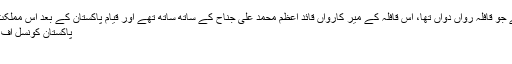
چودھری خلیق الزماں مرحوم تحریک پاکستان کیلئے جو قافلہ رواں دواں تھا، اس قافلہ کے میر کارواں قائد اعظم محمد علی جناح کے ساتھ ساتھ تھے اور قیام پاکستان کے بعد اس مملکت کی بنیادوں کو مضبوط کرنے میں سرگرداں رہے
پاکستان کونسل آف سائنٹیفک اینڈ انڈسٹریل ریسرچ (پی سی ایس آئی آر)
۔